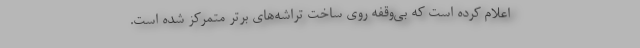
اعلام کرده است که بی‌وقفه روی ساخت تراشه‌های برتر متمرکز شده است.